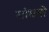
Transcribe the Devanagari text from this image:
सांधनो